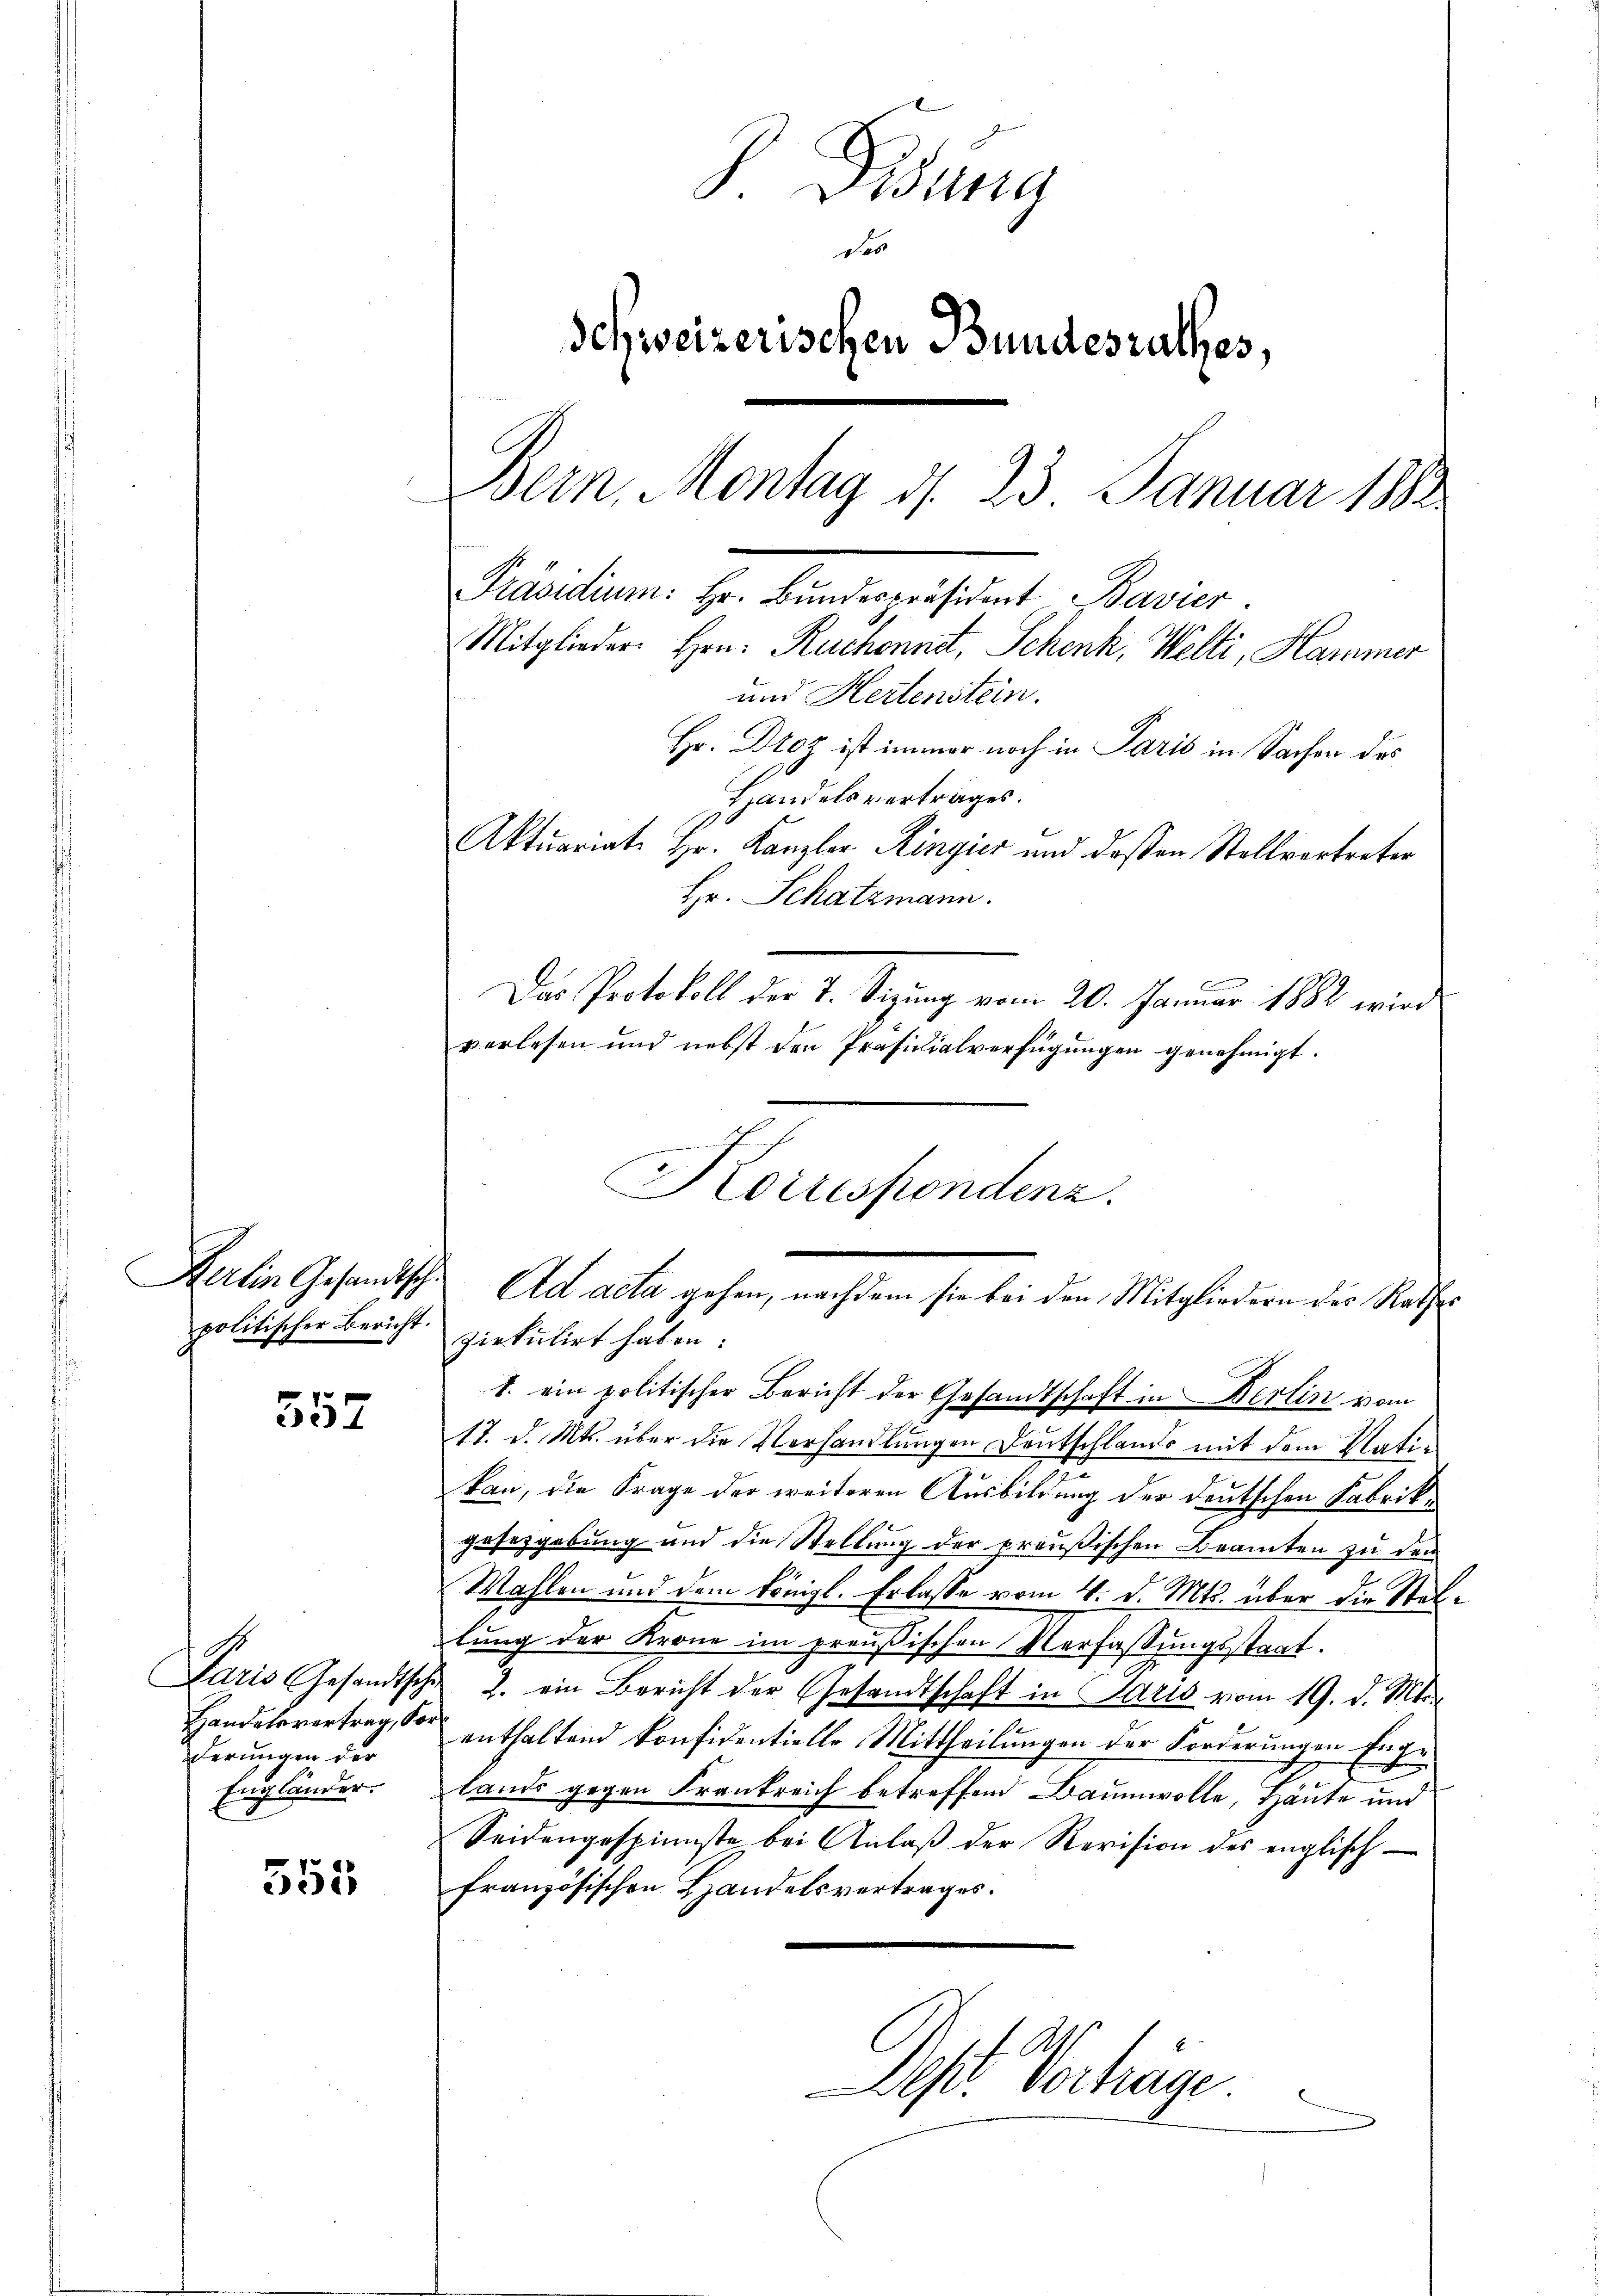
Kerlin Gesandtsche
politischer Bericht.

552

Paris Gesandtsche
Handelsvertrag, Vor
derungen der
Engländer.

555

S. Fidung
4
Schweizerischen Bundesrathes,
Bern, Montag d. 23. Januar 1883
Präsidium: Hr. Bundespräsident Bavier.
Mitglieder Hrn. Ruchennet, Schenk, Welti, Hammer
und Hertenstein.
Hr. Droz ist immer noch in Paris in Sachen des
Handelsvertrages.
Aktuariat Hr. Kanzler Ringier und dessen Stellvertreter

Hr. Schatzmann.
Das Protokoll der 7. Sizung vom 20. Januar 1882 wird
verlesen und nebst den Präsidialverfügungen genehmigt.
Korrespondenz.

Ad acta gehen, nachdem sie bei den Mitgliedern des Rathes
ziekulirt haben:
1. ein politischer Bericht der Gesandtschaft in Berlin vom

s
17. d. Mts. über die Vorhandlungen Deutschlands mit dem Ratikan, die Frage der weiteren Ausbildung der deutschen Fabrikgesetzgebung und die Stellung der preußischen Beamten zu dem
Mahlen und dem Königl. Erlasse vom 4. d. Mts. über die Stellŭng der Krone im preußischen Verfassŭngsstaat.
2. ein Bericht der Gesandtschaft in Saris vom 19. d. Mts.
enthaltend Konfidentielle Mittheilungen der Forderungen Englands gegen Frankreich betreffend Baumwolle, Häute und
Seidengespinnste bei Anlaβ der Revision des englisch
französischen Handelsvertrages.
Dost Vorträge
e